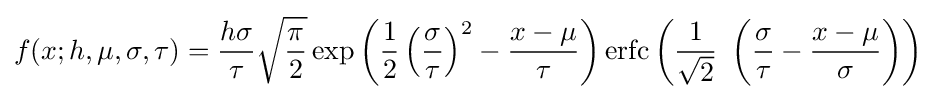
f(x;h,\mu ,\sigma ,\tau )={\frac {h\sigma }{\tau }}{\sqrt {\frac {\pi }{2}}}\exp \left({\frac {1}{2}}\left({\frac {\sigma }{\tau }}\right)^{2}-{\frac {x-\mu }{\tau }}\right)\operatorname {erfc} \left({\frac {1}{\sqrt {2}}}\ \left({\frac {\sigma }{\tau }}-{\frac {x-\mu }{\sigma }}\right)\right)